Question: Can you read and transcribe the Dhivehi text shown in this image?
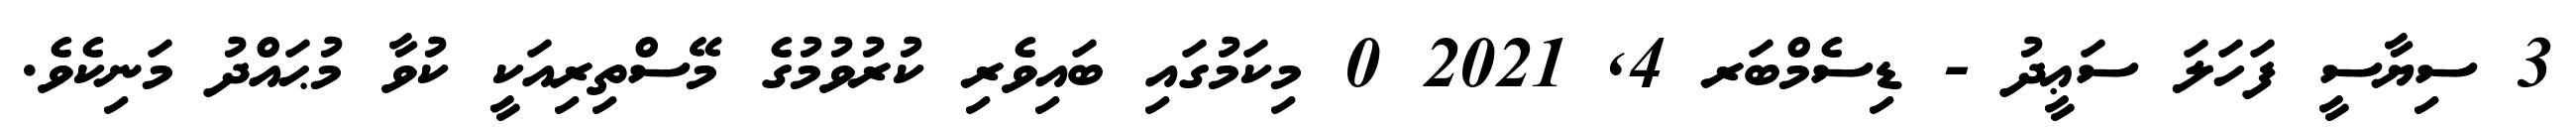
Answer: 3 ސިޔާސީ ފަހަލަ ސަޢީދު - ޑިސެމްބަރ 4, 2021 0 މިކަމުގައި ބައިވެރި ކުރުވުމުގެ މޭސްތިރިއަކީ ކުވާ މުޙައްދު މަނިކެވެ.